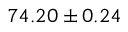
7 4 . 2 0 \pm 0 . 2 4